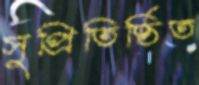
সুপ্রিতিষ্ঠিত